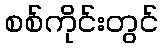
စစ်ကိုင်းတွင်